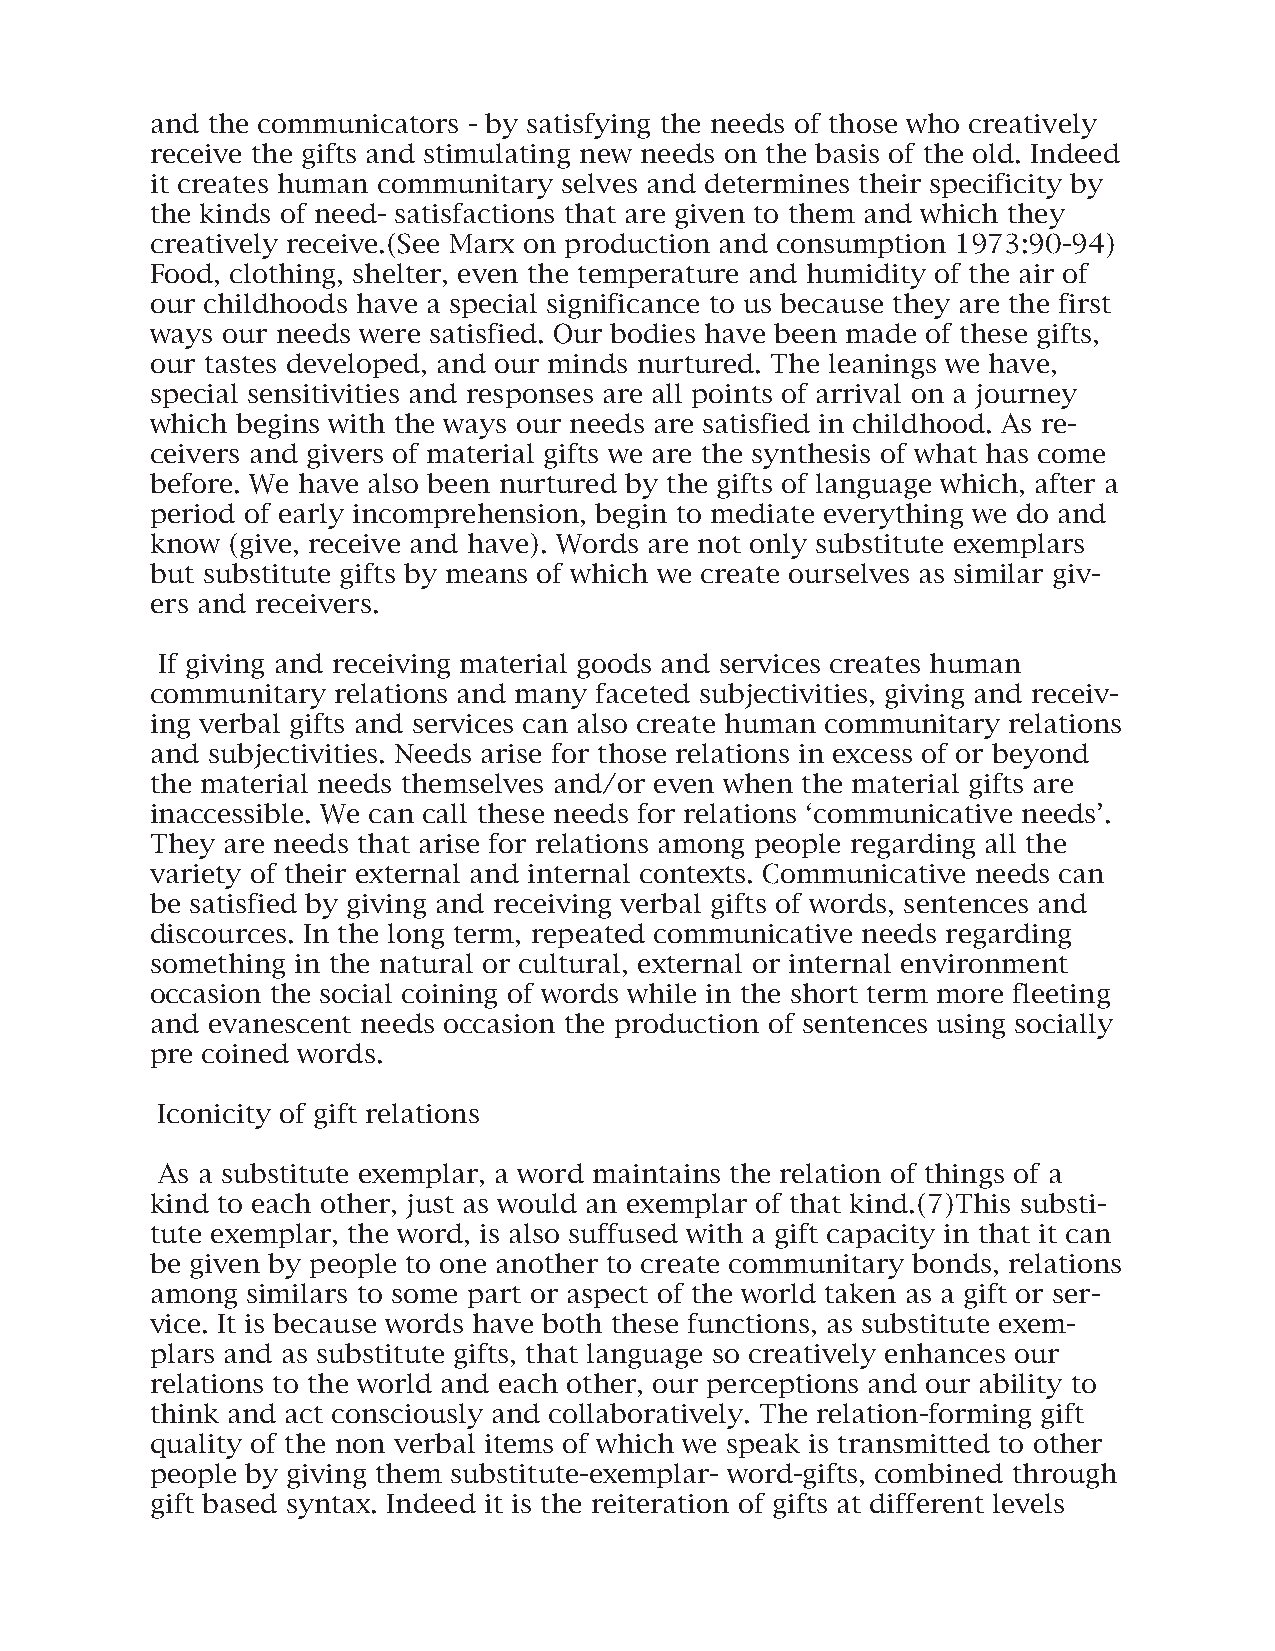
and the communicators - by satisfying the needs of those who creatively
 receive the gifts and stimulating new needs on the basis of the old. Indeed
 it creates human communitary selves and determines their specificity by
 the kinds of need- satisfactions that are given to them and which they
 creatively receive.(See Marx on production and consumption 1973:90-94)
 Food, clothing, shelter, even the temperature and humidity of the air of
 our childhoods have a special significance to us because they are the first
 ways our needs were satisfied. Our bodies have been made of these gifts,
 our tastes developed, and our minds nurtured. The leanings we have,
 special sensitivities and responses are all points of arrival on a journey
 which begins with the ways our needs are satisfied in childhood. As re-
 ceivers and givers of material gifts we are the synthesis of what has come
 before. We have also been nurtured by the gifts of language which, after a
 period of early incomprehension, begin to mediate everything we do and
 know (give, receive and have). Words are not only substitute exemplars
 but substitute gifts by means of which we create ourselves as similar giv-
 ers and receivers.
 If giving and receiving material goods and services creates human
 communitary relations and many faceted subjectivities, giving and receiv-
 ing verbal gifts and services can also create human communitary relations
 and subjectivities. Needs arise for those relations in excess of or beyond
 the material needs themselves and/or even when the material gifts are
 inaccessible. We can call these needs for relations ‘communicative needs’.
 They are needs that arise for relations among people regarding all the
 variety of their external and internal contexts. Communicative needs can
 be satisfied by giving and receiving verbal gifts of words, sentences and
 discources. In the long term, repeated communicative needs regarding
 something in the natural or cultural, external or internal environment
 occasion the social coining of words while in the short term more fleeting
 and evanescent needs occasion the production of sentences using socially
 pre coined words.
 Iconicity of gift relations
 As a substitute exemplar, a word maintains the relation of things of a
 kind to each other, just as would an exemplar of that kind.(7)This substi-
 tute exemplar, the word, is also suffused with a gift capacity in that it can
 be given by people to one another to create communitary bonds, relations
 among similars to some part or aspect of the world taken as a gift or ser-
 vice. It is because words have both these functions, as substitute exem-
 plars and as substitute gifts, that language so creatively enhances our
 relations to the world and each other, our perceptions and our ability to
 think and act consciously and collaboratively. The relation-forming gift
 quality of the non verbal items of which we speak is transmitted to other
 people by giving them substitute-exemplar- word-gifts, combined through
 gift based syntax. Indeed it is the reiteration of gifts at different levels